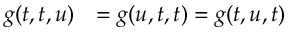
\begin{array} { l l } { g ( t , t , u ) } & { = g ( u , t , t ) = g ( t , u , t ) } \end{array}